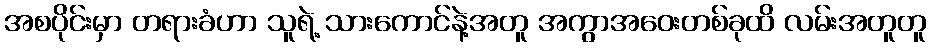
အစပိုင်းမှာ တရားခံဟာ သူရဲ့ သားကောင်နဲ့အတူ အကွာအဝေးတစ်ခုထိ လမ်းအတူတူ